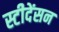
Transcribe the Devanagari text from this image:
स्टीदेंसन